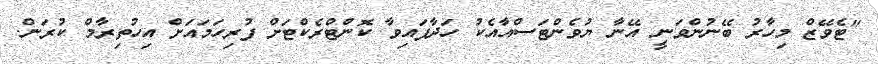
"ޓެވޭޒް މިހާރު ބޭނުންވަނީ އޭނާ ޔުވެންޓަސްއާއެކު ހަދާފައިވާ ކޮންޓްރެކްޓަށް ފުރިހަމައަށް އިހުތިރާމް ކުރަން.